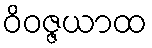
ဝိဝဇ္ဇယာထ